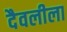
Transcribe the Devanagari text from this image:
दैवलीला